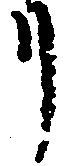
リ